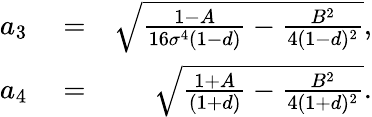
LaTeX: \begin{array}{rlr}{a_{3}}&{{}=}&{\sqrt{\frac{1-A}{16\sigma^{4}(1-d)}-\frac{B^{2}}{4(1-d)^{2}}},}\\ {a_{4}}&{{}=}&{\sqrt{\frac{1+A}{(1+d)}-\frac{B^{2}}{4(1+d)^{2}}}.}\end{array}